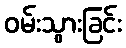
ဝမ်းသွားခြင်း